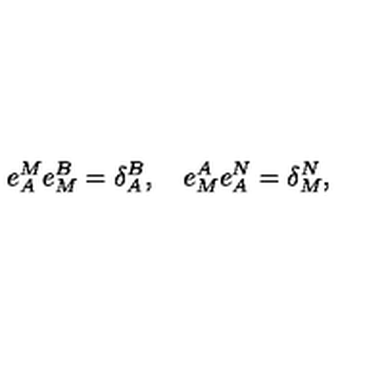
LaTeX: e _ { A } ^ { M } e _ { M } ^ { B } = \delta _ { A } ^ { B } , \quad e _ { M } ^ { A } e _ { A } ^ { N } = \delta _ { M } ^ { N } ,